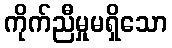
ကိုက်ညီမှုမရှိသော